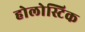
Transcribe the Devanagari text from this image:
होलोस्टिक